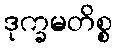
ဒုက္ခမတိစ္စ